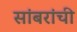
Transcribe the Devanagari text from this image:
सांबरांची